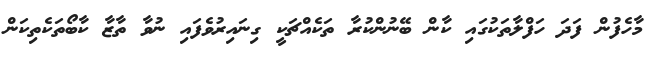
މާހެފުން ފަދަ ހަފްލާތަކުގައި ކާން ބޭނުންކުރާ ތަކެއްޗަކީ ގިނައިރުވެފައި ނުވާ ތާޒާ ކާބޯތަކެތިކަން